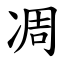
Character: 凋